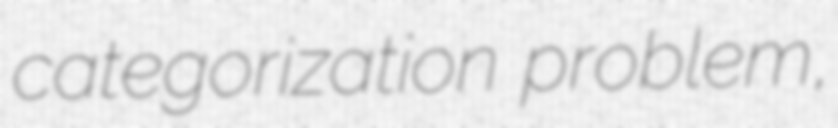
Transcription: categorization problem,